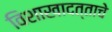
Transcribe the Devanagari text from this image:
विशाखादत्ताचे